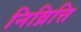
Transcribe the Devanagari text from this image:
निव्रित्ति